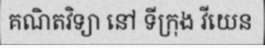
គណិតវិទ្យា នៅ ទីក្រុង វីយេន